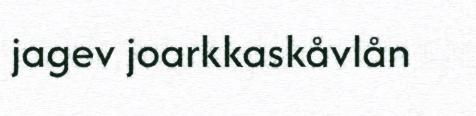
jagev joarkkaskåvlån